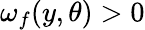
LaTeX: \omega_{f}(y,\theta)>0